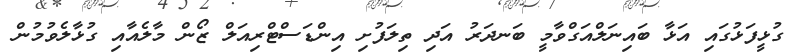
ގުޅީފަޅުގައި އަޅާ ބައިނަލްއަގްވާމީ ބަނދަރު އަދި ތިލަފުށި އިންޑަސްޓްރިއަލް ޒޯން މާލެއާއި ގުޅާލެވުމުން